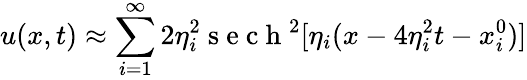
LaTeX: u(x,t)\approx\sum_{i=1}^{\infty}2\eta_{i}^{2}\mathrm{~s~e~c~h~}^{2}[\eta_{i}(x-4\eta_{i}^{2}t-x_{i}^{0})]